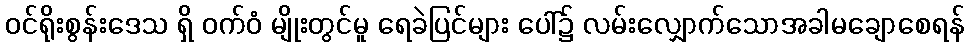
ဝင်ရိုးစွန်းဒေသ ရှိ ဝက်ဝံ မျိုးတွင်မူ ရေခဲပြင်များ ပေါ်၌ လမ်းလျှောက်သောအခါမချောစေရန်